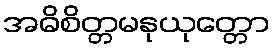
အဓိစိတ္တမနုယုတ္တော